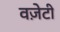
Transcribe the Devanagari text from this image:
वज़ेटी